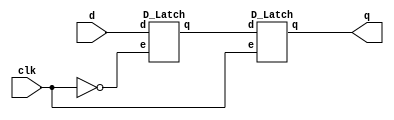
`timescale 1ns/1ps

module D_Flip_Flop(clk, d, q);
    input clk;
    input d;
    output q;
    wire nclk, slaveq;
    not n_clk(nclk,clk);
    D_Latch masterlatch(nclk,d,slaveq);
    D_Latch slavelatch(clk,slaveq,q);
    
    //D_Latch test(clk,d,q);
endmodule

module D_Latch(e, d, q);
    input e;
    input d;
    output q;
    wire nand1, nand2, nand3, nand4, nand5, notd, notdfq, notq, tq; //i tried alot of thing lol
    //assign nand4=1; //nand2 need a starting value
    //assign nand3=0; //nand3 need a starting value
        
    //not not_dfq(notdfq, D_Flip_Flop_t.q);
    not not_1(notd,d);
    //not not_2(notq,tq);
    nand nand_1(nand1, d, e);
    nand nand_2(nand2, notd, e);
    nand nand_3(q, notq, nand1);
    nand nand_4(notq, q, nand2);
    /*
    nand nand_1(nand1, d, e);
    nand nand_2(nand2, notd, e);
    nand nand_3(nand4, q, nand2);
    nand nand_4(q, nand1, notq);*/
endmodule